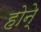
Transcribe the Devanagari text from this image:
होने्